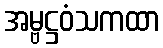
အမ္ဗဋ္ဌဝံသကထာ